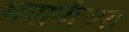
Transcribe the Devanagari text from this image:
भवानीच्या